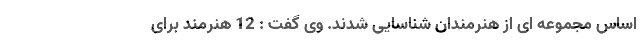
اساس مجموعه ای از هنرمندان شناسایی شدند. وی گفت : 12 هنرمند برای